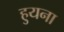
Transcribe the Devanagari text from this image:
हुयना